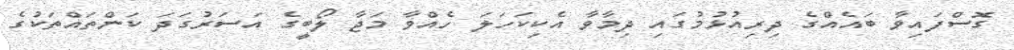
ގޮސްފައިވާ ބައެއްގެ ދިރިއުޅުމުގައި ދިމާވާ އެކިކަހަލަ ހެއްވާ މަޖާ ލޯބީގެ އަސަރުގަދަ ކަންތައްތަކުގެ